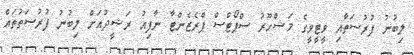
ލިބުނު ފުރުސަތާއި ވީޓީވީގެ މަޝްހޫރު ސްޕޯޓްސް ޕްރެޒެންޓާ ނާފިއު ރަޝީދުއަށް ލިބުނު ފުރުސަތުތައް